Vaccine operations Central Provinces 1868-1885 - 1868-1885
Year: 1868
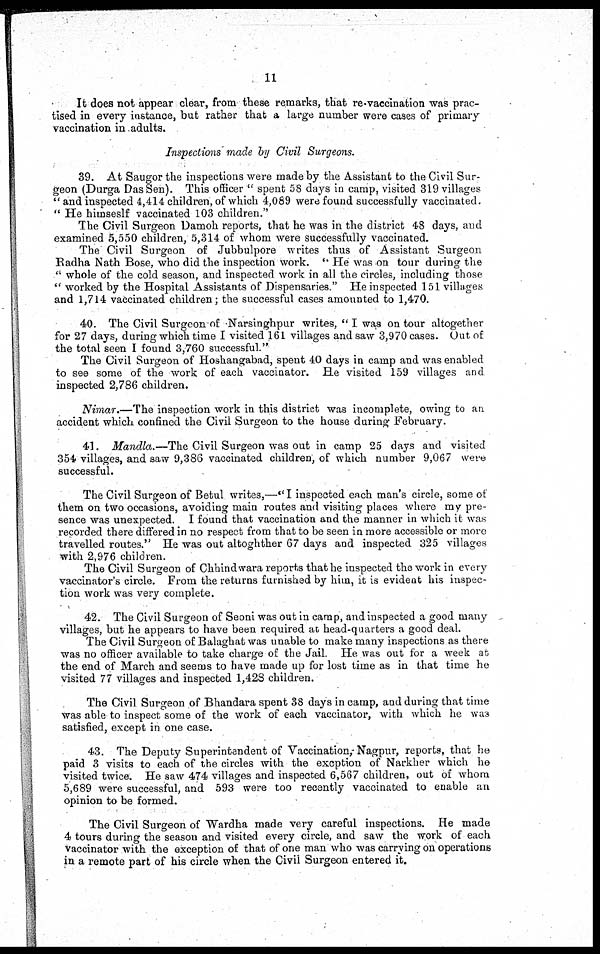
11
It does not appear clear, from these remarks, that re-vaccination was prac-
tised in every instance, but rather that a large number were cases of primary
vaccination in adults.
Inspections made by Civil Surgeons.
39. At Saugor the inspections were made by the Assistant to the Civil Sur-
geon (Durga Das Sen). This officer " spent 58 days in camp, visited 319 villages
" and inspected 4,414 children, of which 4,089 were found successfully vaccinated.
" He himseslf vaccinated 103 children."
The Civil Surgeon Damoh reports, that he was in the district 48 days, and
examined 5,550 children, 5,314 of whom were successfully vaccinated.
The Civil Surgeon of Jubbulpore writes thus of Assistant Surgeon
Radha Nath Bose, who did the inspection work. " He was on tour during the
" whole of the cold season, and inspected work in all the circles, including those
" worked by the Hospital Assistants of Dispensaries." He inspected 151 villages
and 1,714 vaccinated children; the successful cases amounted to 1,470.
40. The Civil Surgeon of Narsinghpur writes, " I was on tour altogether
for 27 days, during which time I visited 161 villages and saw 3,970 cases. Out of
the total seen I found 3,760 successful."
The Civil Surgeon of Hoshangabad, spent 40 days in camp and was enabled
to see some of the work of each vaccinator. He visited 159 villages and
inspected 2,786 children.
Nimar.—The inspection work in this district was incomplete, owing to an
accident which confined the Civil Surgeon to the house during February.
41. Mandla.—The Civil Surgeon was out in camp 25 days and visited
354 villages, and saw 9,386 vaccinated children, of which number 9,067 were
successful.
The Civil Surgeon of Betul writes,—"I inspected each man's circle, some of
them on two occasions, avoiding main routes and visiting places where my pre-
sence was unexpected. I found that vaccination and the manner in which it was
recorded there differed in no respect from that to be seen in more accessible or more
travelled routes." He was out altoghther 67 days and inspected 325 villages
with 2,976 children.
The Civil Surgeon of Chhindwara reports that he inspected the work in every
vaccinator's circle. From the returns furnished by him, it is evident his inspec-
tion work was very complete.
42. The Civil Surgeon of Seoni was out in camp, and inspected a good many
villages, but he appears to have been required at head-quarters a good deal.
The Civil Surgeon of Balaghat was unable to make many inspections as there
was no officer available to take charge of the Jail. He was out for a week at
the end of March and seems to have made up for lost time as in that time he
visited 77 villages and inspected 1,428 children.
The Civil Surgeon of Bhandara spent 38 days in camp, and during that time
was able to inspect some of the work of each vaccinator, with which he was
satisfied, except in one case.
43. The Deputy Superintendent of Vaccination, Nagpur, reports, that he
paid 3 visits to each of the circles with the excption of Narkher which he
visited twice. He saw 474 villages and inspected 6,567 children, out of whom
5,689 were successful, and 593 were too recently vaccinated to enable an
opinion to be formed.
The Civil Surgeon of Wardha made very careful inspections. He made
4 tours during the season and visited every circle, and saw the work of each
vaccinator with the exception of that of one man who was carrying on operations
in a remote part of his circle when the Civil Surgeon entered it.